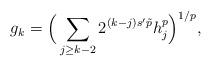
LaTeX: \begin{align*}g_k=\Big(\sum_{j\ge k-2}2^{(k-j)s'\tilde p}h_j^p\Big)^{1/p},\end{align*}